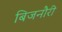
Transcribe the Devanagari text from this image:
बिजनौरी